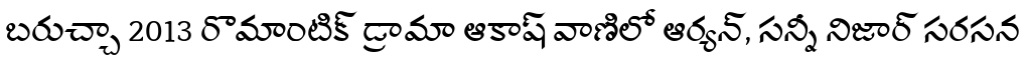
బరుచ్చా 2013 రొమాంటిక్ డ్రామా ఆకాష్ వాణిలో ఆర్యన్, సన్నీ నిజార్ సరసన